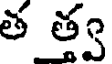
త త్త్వ